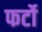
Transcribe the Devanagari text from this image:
फर्टो